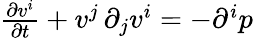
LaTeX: \begin{array}{r}{\frac{\partial v^{i}}{\partial t}+v^{j}\, \partial_{j}v^{i}=-\partial^{i}p}\end{array}